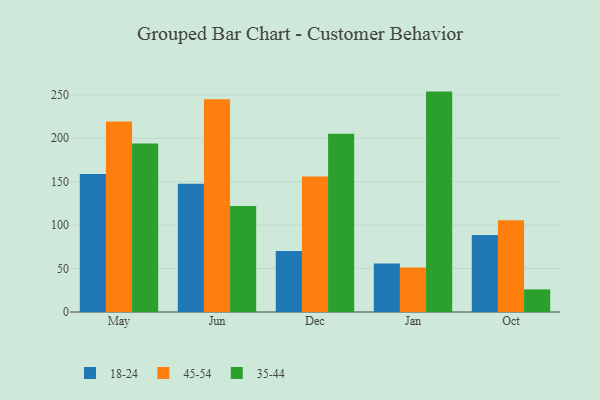
{"axis": {"x": "Month", "y": "Bounce Rate (%)"}, "legend": ["18-24", "35-44", "45-54"], "data": [{"x": "May", "y": 158.9, "type": "18-24"}, {"x": "May", "y": 219.2, "type": "45-54"}, {"x": "May", "y": 193.9, "type": "35-44"}, {"x": "Jun", "y": 147.5, "type": "18-24"}, {"x": "Jun", "y": 244.8, "type": "45-54"}, {"x": "Jun", "y": 122.1, "type": "35-44"}, {"x": "Dec", "y": 70.1, "type": "18-24"}, {"x": "Dec", "y": 155.8, "type": "45-54"}, {"x": "Dec", "y": 205.0, "type": "35-44"}, {"x": "Jan", "y": 55.8, "type": "18-24"}, {"x": "Jan", "y": 51.1, "type": "45-54"}, {"x": "Jan", "y": 253.6, "type": "35-44"}, {"x": "Oct", "y": 88.7, "type": "18-24"}, {"x": "Oct", "y": 105.6, "type": "45-54"}, {"x": "Oct", "y": 26.0, "type": "35-44"}]}